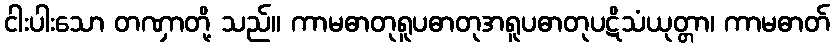
ငါးပါးသော တဏှာတို့ သည်။ ကာမဓာတုရူပဓာတုအရူပဓာတုပဋိသံယုတ္တာ၊ ကာမဓာတ်